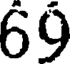
69